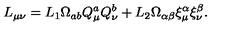
L _ { \mu \nu } = L _ { 1 } \Omega _ { a b } Q _ { \mu } ^ { a } Q _ { \nu } ^ { b } + L _ { 2 } \Omega _ { \alpha \beta } \xi _ { \mu } ^ { \alpha } \xi _ { \nu } ^ { \beta } .